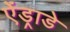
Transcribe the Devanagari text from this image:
ऐंड्राडे